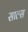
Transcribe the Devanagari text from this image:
साल्स